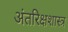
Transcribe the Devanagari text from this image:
अंतरिक्षशास्त्र